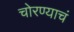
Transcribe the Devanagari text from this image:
चोरण्याचं